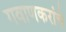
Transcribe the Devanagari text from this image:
गवाणकरांचे